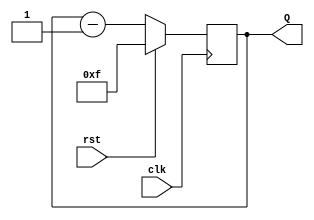
`timescale 1ns / 1ps
//////////////////////////////////////////////////////////////////////////////////
// Company: 
// Engineer: 
// 
// Design Name: 
// Module Name: bit4_synchronous_down_counter
// Project Name: 
// Target Devices: 
// Tool Versions: 
// Description: 
// 
// Dependencies: 
// 
// Revision:
// Revision 0.01 - File Created
// Additional Comments:
// 
//////////////////////////////////////////////////////////////////////////////////


module bit4_synchronous_down_counter(input clk,
    input rst,
    output [3:0] Q
);
reg [3:0] data=0;
always @(posedge clk) begin
    if (rst) begin
        data<=4'b1111;
    end else begin
        data<=data-1;      
    end
end
assign Q=data;
endmodule